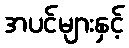
အပင်များနှင့်